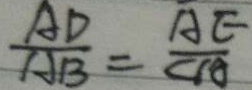
\frac { A D } { A B } = \frac { A E } { C A }